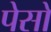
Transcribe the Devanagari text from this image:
पेसों